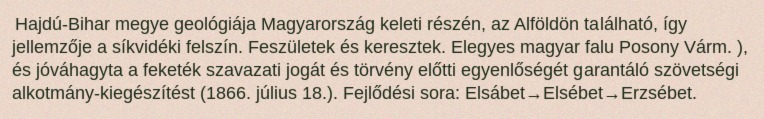
Hajdú-Bihar megye geológiája Magyarország keleti részén, az Alföldön található, így jellemzője a síkvidéki felszín. Feszületek és keresztek. Elegyes magyar falu Posony Várm. ), és jóváhagyta a feketék szavazati jogát és törvény előtti egyenlőségét garantáló szövetségi alkotmány-kiegészítést (1866. július 18.). Fejlődési sora: Elsábet→Elsébet→Erzsébet.